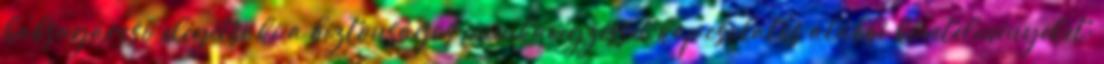
habsugárcsõ elégítse ki a biztonságos munkavégzéssel kapcsolatos alábbi követelményeket: